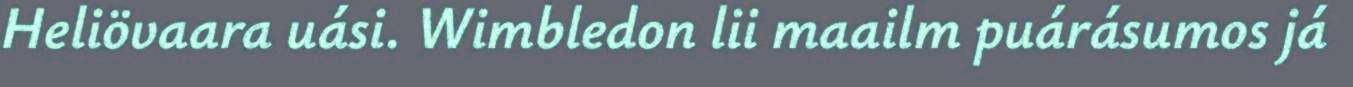
Heliövaara uási. Wimbledon lii maailm puárásumos já